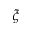
\xi